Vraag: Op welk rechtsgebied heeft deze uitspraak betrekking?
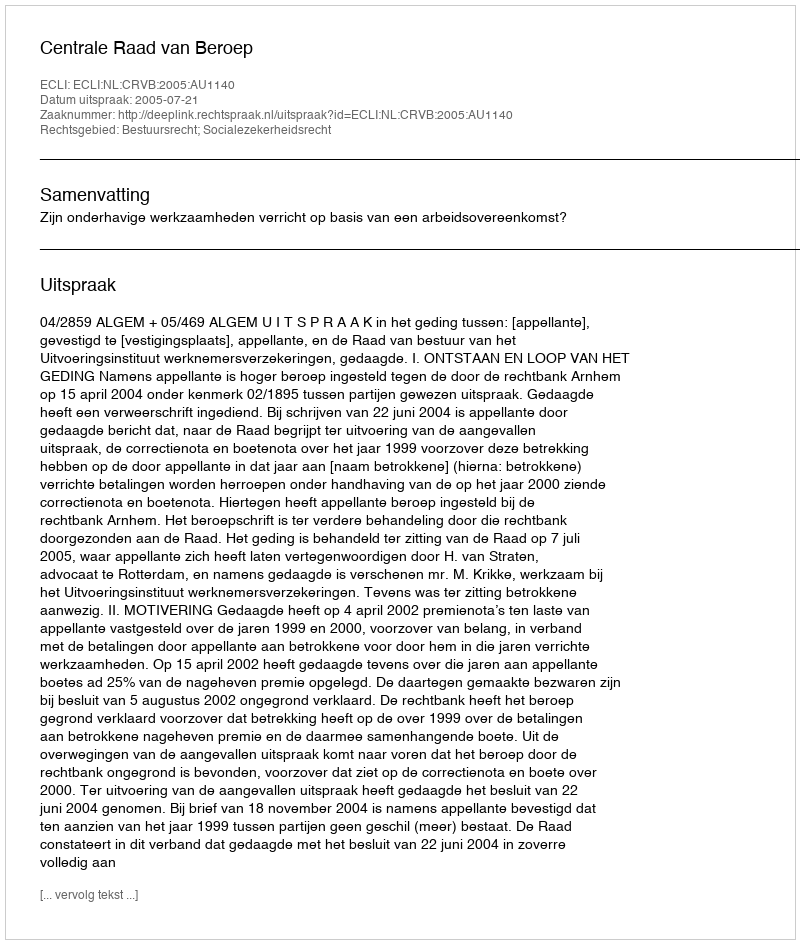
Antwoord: Bestuursrecht; Socialezekerheidsrecht